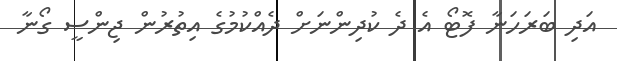
އަދި ބަރަހަނާ ފޮޓޯ އެ ދެ ކުދިންނަށް ދެއްކުމުގެ އިތުރުން ޖިންސީ ގޯނާ